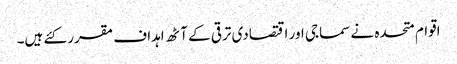
اقوام متحدہ نے سماجی اور اقتصادی ترقی کے آٹھ اہداف مقرر کئے ہیں۔